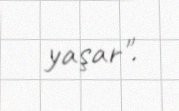
yaşar".